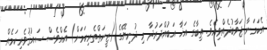
އެކަމަނާ ޖަވާބުދެއްވިއެވެ. ތިބާގެ އަޚާ އަބުއްދަރުދާ މި ދުނިޔޭގެ (ޒީނަތްތެރިކަމަށް) އެއްވެސް ސައުޤުވެރިކަމެއް